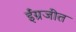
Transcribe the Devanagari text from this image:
ईंग्रजीत